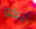
ايكو